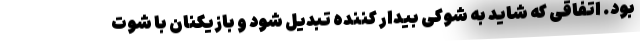
بود. اتفاقی که شاید به شوکی بیدار کننده تبدیل شود و بازیکنان با شوت